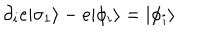
\partial _ { i } e | \sigma _ { 1 } \rangle - e | \phi _ { i } \rangle = | \phi _ { i } \rangle \,